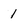
Character: 1